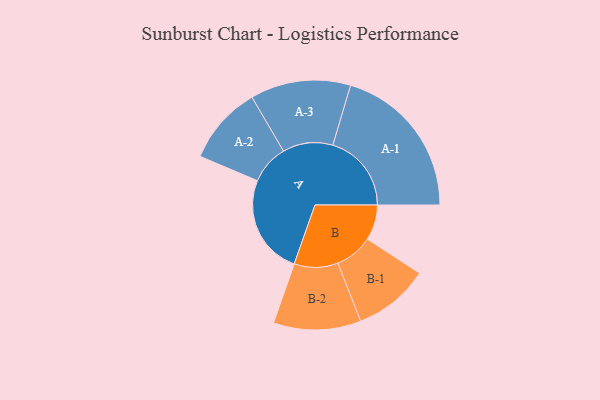
{"axis": {"x": "Segment", "y": "Value"}, "legend": ["", "A", "B"], "data": [{"x": "A", "y": 359, "type": ""}, {"x": "B", "y": 127, "type": ""}, {"x": "A-1", "y": 282, "type": "A"}, {"x": "A-2", "y": 141, "type": "A"}, {"x": "A-3", "y": 180, "type": "A"}, {"x": "B-1", "y": 136, "type": "B"}, {"x": "B-2", "y": 157, "type": "B"}]}